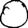
Digit: 0